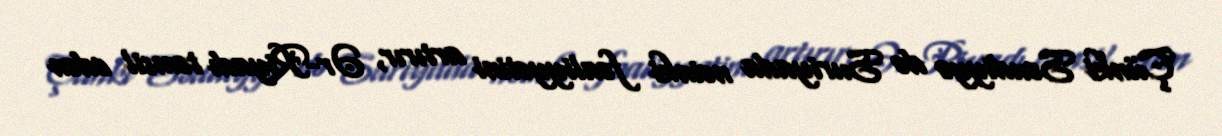
Çünki Səudiyyə də Suriyada nəinki fəaliyyətini artırır, Ər-Riyadı təmsil edən